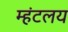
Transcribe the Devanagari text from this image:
म्हंटलय